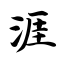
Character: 涯